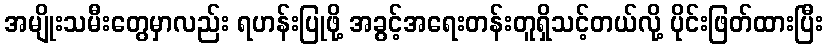
အမျိုးသမီးတွေမှာလည်း ရဟန်းပြုဖို့ အခွင့်အရေးတန်းတူရှိသင့်တယ်လို့ ပိုင်းဖြတ်ထားပြီး